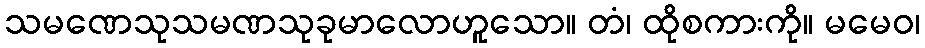
သမဏေသုသမဏသုခုမာလောဟူသော။ တံ၊ ထိုစကားကို။ မမေဝ၊